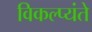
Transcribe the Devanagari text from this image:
विकल्प्यंते